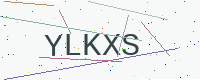
Text: YLKXS